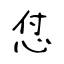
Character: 怤